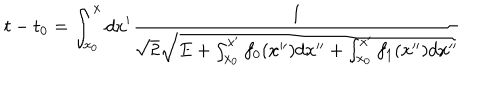
t - t _ { 0 } = \int _ { x _ { 0 } } ^ { x } d x ^ { \prime } \frac { 1 } { \sqrt { 2 } \sqrt { E + \int _ { x _ { 0 } } ^ { x ^ { \prime } } f _ { 0 } ( x ^ { \prime \prime } ) d x ^ { \prime \prime } + \int _ { x _ { 0 } } ^ { x ^ { \prime } } f _ { 1 } ( x ^ { \prime \prime } ) d x ^ { \prime \prime } } }